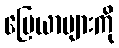
မြေယာများကို